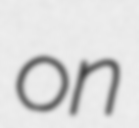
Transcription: on